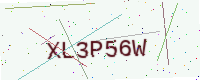
Text: XL3P56W